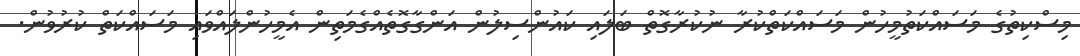
މިސްކިތުގެ މަސައްކަތުމީހުން މަސައްކަތްކުރާ ނުކުރާގޮތް ބަލައި ކައުންސިލުން އަންގާގޮތެއްގެމަތިން އެމީހުންލައްވައި މަސައްކަތް ކުރުވުން.